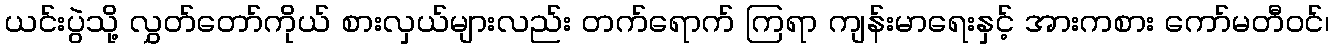
ယင်းပွဲသို့ လွှတ်တော်ကိုယ် စားလှယ်များလည်း တက်ရောက် ကြရာ ကျန်းမာရေးနှင့် အားကစား ကော်မတီဝင်၊